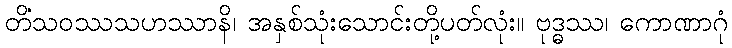
တိံသဝဿသဟဿာနိ၊ အနှစ်သုံးသောင်းတို့ပတ်လုံး။ ဗုဒ္ဓဿ၊ ကောဏာဂုံ